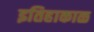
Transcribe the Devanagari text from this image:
इतिहाकाळ